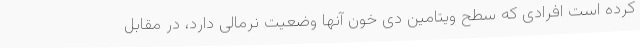
کرده است افرادی که سطح ویتامین دی خون آنها وضعیت نرمالی دارد، در مقابل